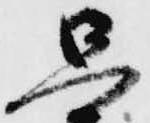
思